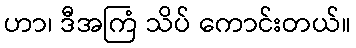
ဟာ၊ ဒီအကြံ သိပ် ကောင်းတယ်။